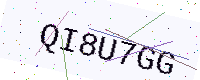
Text: QI8U7GG